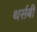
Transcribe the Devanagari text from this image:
थर्सबी